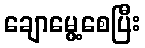
ချောမွေ့စေပြီး